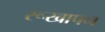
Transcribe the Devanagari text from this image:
रूखापन